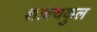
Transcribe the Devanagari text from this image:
शाक्यकुल